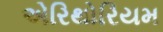
એરિથોરિયમ